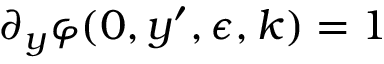
\partial _ { y } \varphi ( 0 , y ^ { \prime } , \epsilon , k ) = 1